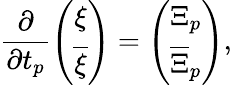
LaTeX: \frac{\partial}{\partial t_{p}}\left(\begin{array}{cc}{{\xi}}\\ {{{\overline{{\xi}}}}}\end{array}\right)=\left(\begin{array}{cc}{{{\Xi}_{p}}}\\ {{{\overline{{\Xi}}}_{p}}}\end{array}\right),